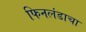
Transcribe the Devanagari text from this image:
फिनलंडाचा